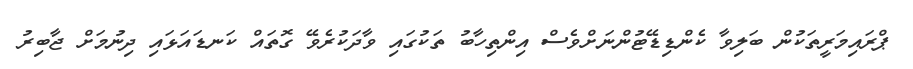
ޕްރައިމަރީތަކުން ބަލިވާ ކެންޑިޑޭޓުންނަށްވެސް އިންތިހާބު ތަކުގައި ވާދަކުރެވޭ ގޮތައް ކަނޑައަޅައި ދިނުމަށް ޖާބިރު